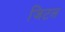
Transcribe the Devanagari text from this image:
जिटल